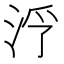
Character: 𱦓